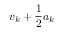
{ \boldsymbol { v } } _ { k } + { \frac { 1 } { 2 } } { \boldsymbol { a } } _ { k }